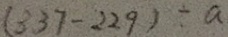
( 3 3 7 - 2 2 9 ) \div a